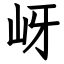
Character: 岈